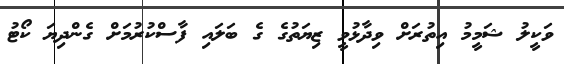
ވަކީލު ޝަމީމު އިތުރަށް ވިދާޅުވީ ޒިޔަތުގެ ގެ ބަލައި ފާސްކުރުމަށް ގެންދިޔަ ކޯޓު